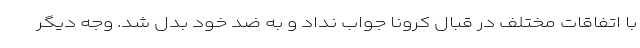
با اتفاقات مختلف در قبال کرونا جواب نداد و به ضد خود بدل شد. وجه دیگر